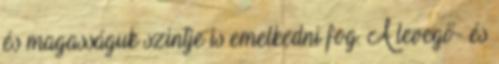
és magasságuk szintje is emelkedni fog. A levegő- és